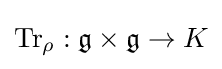
{\text{Tr}}_{\rho }:{\mathfrak {g}}\times {\mathfrak {g}}\rightarrow K